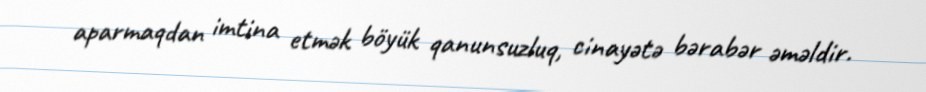
aparmaqdan imtina etmək böyük qanunsuzluq, cinayətə bərabər əməldir.